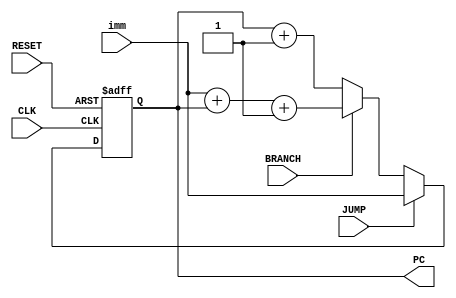
`timescale 1ns / 1ps
//////////////////////////////////////////////////////////////////////////////////
// Company: 
// Engineer: 
// 
// Design Name: 
// Module Name: instrconunit
// Project Name: 
// Target Devices: 
// Tool Versions: 
// Description: 
// 
// Dependencies: 
// 
// Revision:
// Revision 0.01 - File Created
// Additional Comments:
// 
//////////////////////////////////////////////////////////////////////////////////


module instrconunit(
    input  wire       BRANCH ,
    input  wire       JUMP   ,
    input  wire       CLK    ,
    input  wire       RESET  ,
    input  wire [7:0] imm    ,
    output reg  [7:0] PC = 8'h00
    );
    
always@ (posedge CLK ,posedge RESET)
    begin
        if(RESET)
            PC <= 8'h00;
        else
            if(JUMP)
                PC <= imm;
            else if(BRANCH)
                PC <= imm + PC + 1;
            else
                PC <= PC + 1;
    end
endmodule